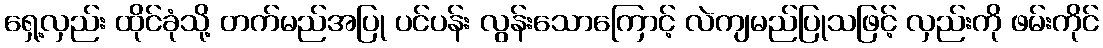
ရှေ့လှည်း ထိုင်ခုံသို့ တက်မည်အပြု ပင်ပန်း လွန်းသောကြောင့် လဲကျမည်ပြုသဖြင့် လှည်းကို ဖမ်းကိုင်